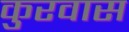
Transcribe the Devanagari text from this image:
कुरवास